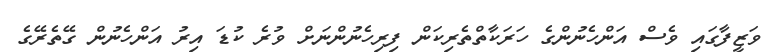
ވަޒީފާގައި ވެސް އަންހެނުންގެ ހަރަކާތްތެރިކަން ފިރިހެނުންނަށް ވުރެ ކުޑަ އިރު އަންހެނުން ގޭތެރޭގެ